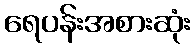
ရေပန်းအစားဆုံး